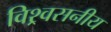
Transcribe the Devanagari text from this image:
विश्र्वसनीय